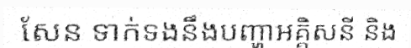
សែន ទាក់ទងនឹងបញ្ហាអគ្គិសនី និង